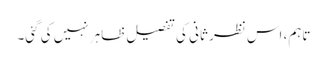
تاہم، اس نظر ثانی کی تفصیل ظاہر نہیں کی گئی۔